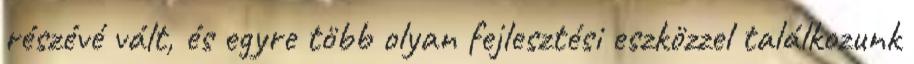
részévé vált, és egyre több olyan fejlesztési eszközzel találkozunk